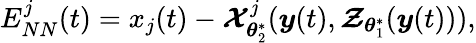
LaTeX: E_{NN}^{j}(t)=x_{j}(t)-\boldsymbol{\mathcal{X}}_{\boldsymbol{\theta}_{2}^{\ast}}^{j}(\boldsymbol{y}(t),\boldsymbol{\mathcal{Z}}_{\boldsymbol{\theta}_{1}^{\ast}}(\boldsymbol{y}(t))),